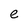
Character: e